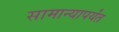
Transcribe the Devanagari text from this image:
सामान्यापर्यंत